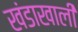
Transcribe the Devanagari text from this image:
खंडाखाली